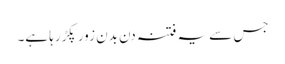
جس سے یہ فتنہ دن بدن زور پکڑرہا ہے۔